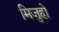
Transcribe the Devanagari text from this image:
मिजुहो